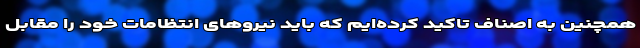
همچنین به اصناف تاکید کرده‌ایم که باید نیروهای انتظامات خود را مقابل